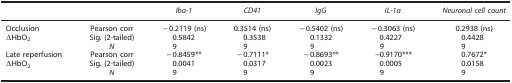
|  |  | Iba-1 | CD41 | IgG | IL-1α | Neuronal cell count |
 | --- | --- | --- | --- | --- | --- | --- |
 | Occlusion | Pearson corr | −0.2119 (ns) | 0.3514 (ns) | −0.5402 (ns) | −0.3063 (ns) | 0.2938 (ns) |
 | ΔHbO2 | Sig. (2-tailed) | 0.5842 | 0.3538 | 0.1332 | 0.4227 | 0.4428 |
 |  | N | 9 | 9 | 9 | 9 | 9 |
 | Late reperfusion | Pearson corr | −0.8459** | −0.7111* | −0.8693** | −0.9170*** | 0.7672* |
 | ΔHbO2 | Sig. (2-tailed) | 0.0041 | 0.0317 | 0.0023 | 0.0005 | 0.0158 |
 |  | N | 9 | 9 | 9 | 9 | 9 |